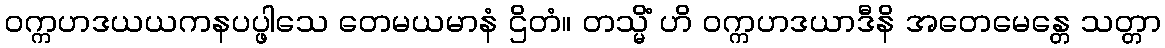
ဝက္ကဟဒယယကနပပ္ဖါသေ တေမယမာနံ ဌိတံ။ တသ္မိံ ဟိ ဝက္ကဟဒယာဒီနိ အတေမေန္တေ သတ္တာ